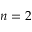
n = 2